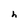
Character: h